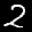
Label: 2